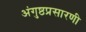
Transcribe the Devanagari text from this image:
अंगुष्ठप्रसारणी